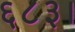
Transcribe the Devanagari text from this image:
६८३।